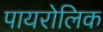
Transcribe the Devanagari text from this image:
पायरोलिक